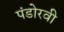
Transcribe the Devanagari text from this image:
पंडोरवी